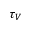
\tau _ { V }